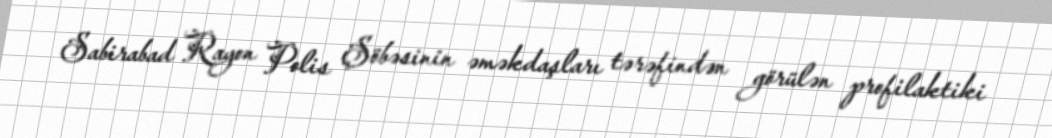
Sabirabad Rayon Polis Şöbəsinin əməkdaşları tərəfindən görülən profilaktiki